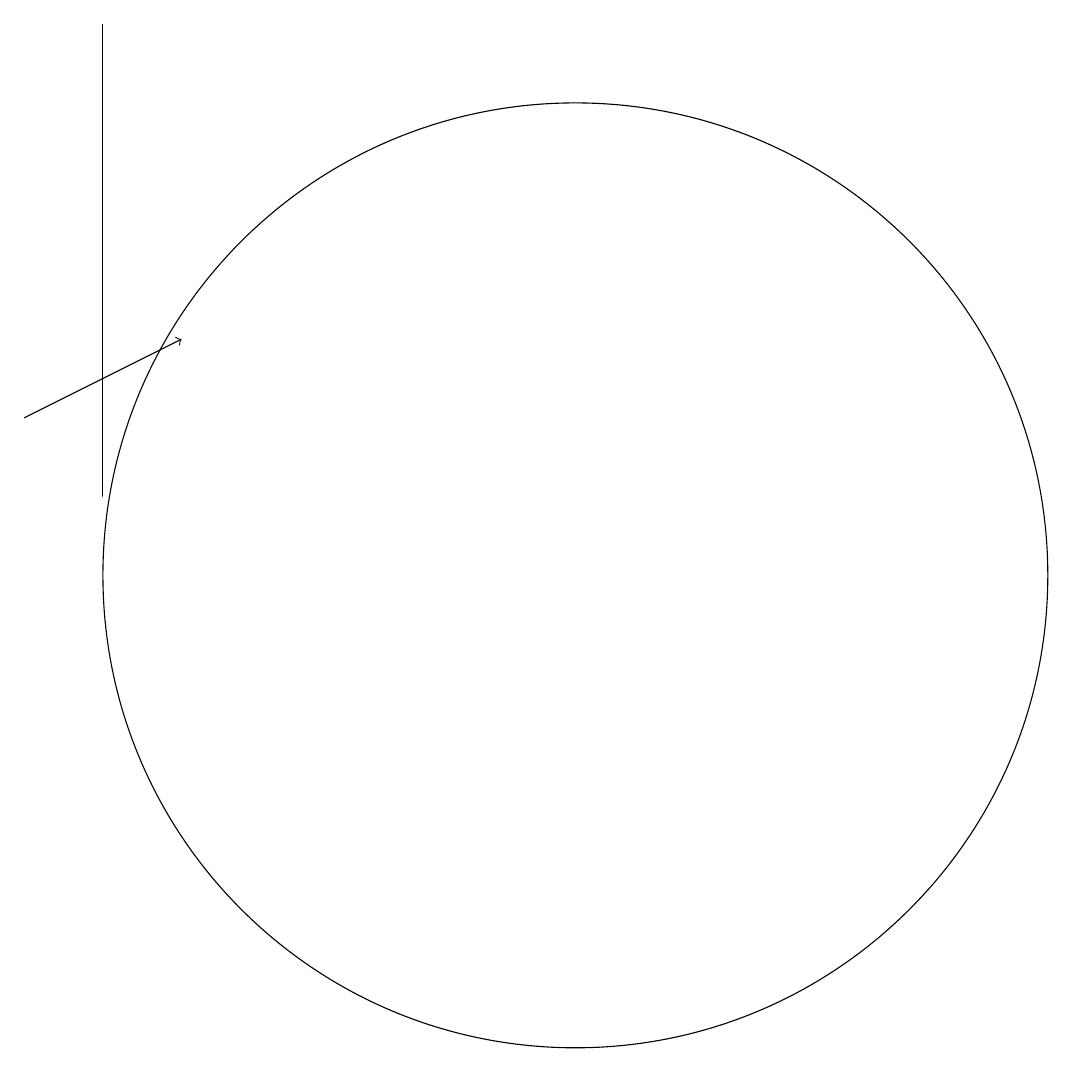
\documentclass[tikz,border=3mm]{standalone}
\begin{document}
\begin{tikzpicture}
\draw (4,11) rectangle (4,17);
\draw[->] (3,12) -- (5,13);
\draw (10,10) circle (6);
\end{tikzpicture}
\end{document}